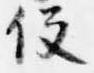
役